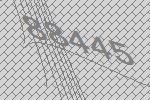
88445